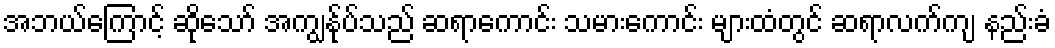
အဘယ်ကြောင့် ဆိုသော် အကျွန်ုပ်သည် ဆရာကောင်း သမားကောင်း များထံတွင် ဆရာလက်ကျ နည်းခံ